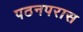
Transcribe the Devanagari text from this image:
पठनपरास